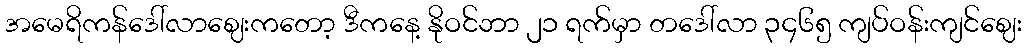
အမေရိကန်ဒေါ်လာဈေးကတော့ ဒီကနေ့ နိုဝင်ဘာ ၂၁ ရက်မှာ တဒေါ်လာ ၃၄၆၅ ကျပ်ဝန်းကျင်ဈေး